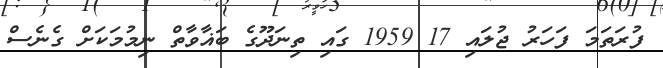
ފުރަތަމަ ފަހަރު ޖުލައި 17 1959 ގައި ތިނަދޫގެ ބަޣާވާތް ނިމުމަކަށް ގެނެސް